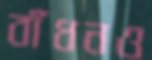
বাঁধনও